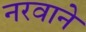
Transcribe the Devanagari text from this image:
नरवाने